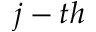
j - t h